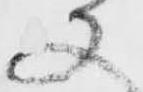
又